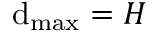
\mathrm { d } _ { \mathrm { m a x } } = H